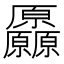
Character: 厵